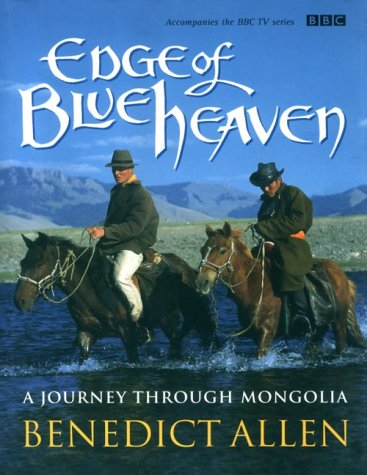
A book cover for Edge of Blue Heaven: A Journey Through Mongolia; Benedict Allen; Travel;